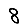
Digit: 8